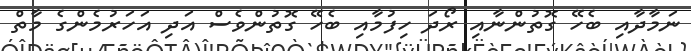
ނަމާދާއި ބެހޭ ގޮތުންނާއި ރޯދަ ހިފުމާއި ބެހޭ ގޮތުންވެސް އަދި އަހަރުމެންގެ މާތް